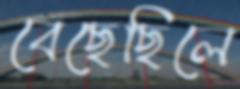
বেছেছিলে